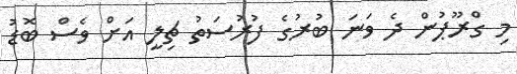
މި ގްރޫޕުން ދެ ވަނަ ބުރުގެ ފުރުސަތު ޗިލީ އަށް ވެސް ބޮޑު